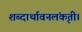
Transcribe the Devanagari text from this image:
शब्दार्थावनलंकृती।